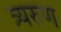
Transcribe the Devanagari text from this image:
त्र्यरुण